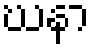
ဃနာ